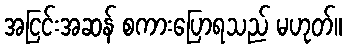
အငြင်းအဆန် စကားပြောရသည် မဟုတ်။